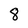
Character: 8